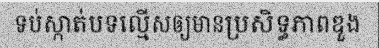
ទប់ស្កាត់បទល្មើសឲ្យមានប្រសិទ្ធភាពឌួង